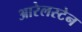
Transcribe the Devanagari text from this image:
आरेलस्टेन